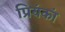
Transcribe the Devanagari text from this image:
प्रियंकां